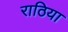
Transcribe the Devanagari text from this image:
राठिया